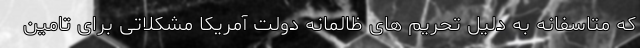
که متاسفانه به دلیل تحریم های ظالمانه دولت آمریکا مشکلاتی برای تامین